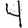
Digit: 4